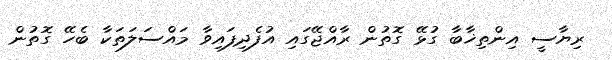
ރިޔާސީ އިންތިޚާބާ ގުޅޭ ގޮތުން ރާއްޖޭގައި އުފެދިފައިވާ މައްސަލަތަކާ ބެހޭ ގޮތުން